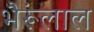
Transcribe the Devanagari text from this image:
भैरूंलाल